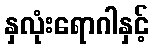
နှလုံးရောဂါနှင့်